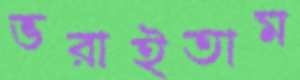
ভরাইতাম